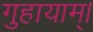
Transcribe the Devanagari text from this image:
गुहायाम्।